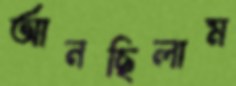
আনছিলাম